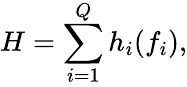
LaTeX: H=\sum_{i=1}^{Q}h_{i}(f_{i}),